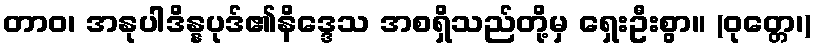
တာဝ၊ အနုပါဒိန္နပုဒ်၏နိဒ္ဒေသ အစရှိသည်တို့မှ ရှေးဦးစွာ။ (ဝုတ္တေ၊)